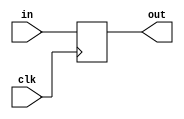
`timescale 1ns/1ps
// Masked register.
//(* fv_prop = "affine", fv_strat="isolate", fv_order=d *)
module MSKreg #(parameter d=1, parameter count=1) (clk, in, out);

(* fv_type = "clock" *)   input clk;
(* syn_keep="true", keep="true", fv_type = "sharing", fv_latency = 0, fv_count=count *) input  [count*d-1:0] in;
(* syn_keep="true", keep="true", fv_type = "sharing", fv_latency = 1, fv_count=count *) output [count*d-1:0] out;

(* syn_preserve="true", preserve="true" *) reg [count*d-1:0] state;

always @(posedge clk)
    state <= in;

assign out = state;

endmodule